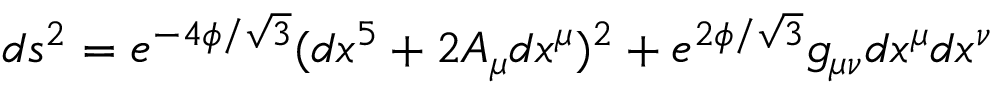
d s ^ { 2 } = e ^ { - 4 \phi / \sqrt { 3 } } ( d x ^ { 5 } + 2 A _ { \mu } d x ^ { \mu } ) ^ { 2 } + e ^ { 2 \phi / \sqrt { 3 } } g _ { \mu \nu } d x ^ { \mu } d x ^ { \nu }